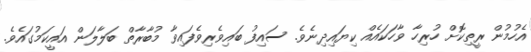
އެހުމުން ރީތިކޮށް ހުރިހާ ވާހަކައެއް ކިޔައިދިނެވެ. ސައިފު ބައިވެރިވެފައިވާ މުބާރާތް ބަލާލަން އައީކަމުގައެވެ.